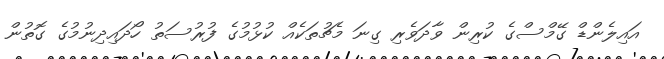
އައިލެންޑް ގޭމްސްގެ ކުރިން ވާދަވެރި ގިނަ މެޗުތަކެއް ކުޅުމުގެ ފުރުސަތު ހޯދައިދިނުމުގެ ގޮތުން